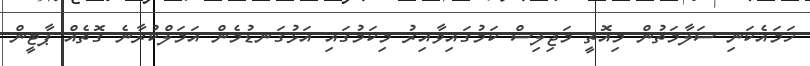
ހަމައެކަނި ސަލާމަތުން މިއޮތީ މަޖިލިސް ކަމުގައިވާއިރު މިކަމުގައި އަޅުގަނޑުމެން އަމަލްކުރާނެ ގޮތެއް ޕާޓީން